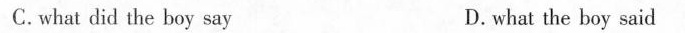
C.what did the boy say D.what the boy said